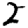
Digit: 2